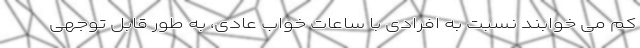
کم می خوابند نسبت به افرادی با ساعات خواب عادی، به طور قابل توجهی